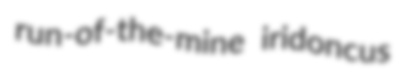
run-of-the-mine iridoncus